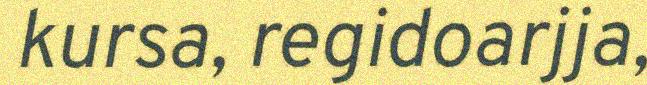
kursa, regidoarjja,